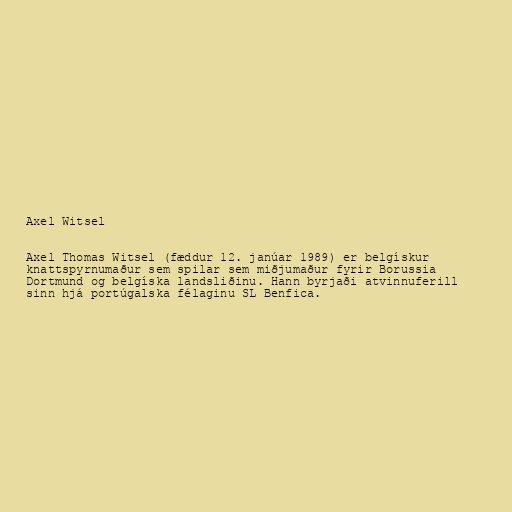
Axel Witsel

Axel Thomas Witsel (fæddur 12. janúar 1989) er belgískur
knattspyrnumaður sem spilar sem miðjumaður fyrir Borussia
Dortmund og belgíska landsliðinu. Hann byrjaði atvinnuferill
sinn hjá portúgalska félaginu SL Benfica.